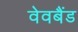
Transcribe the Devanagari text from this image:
वेवबैंड